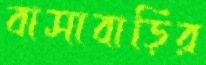
বাসাবাড়ির